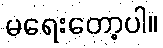
မရေးတော့ပါ။